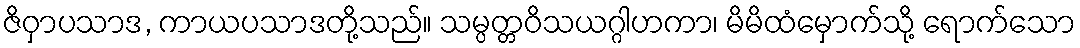
ဇိဝှာပသာဒ, ကာယပသာဒတို့သည်။ သမ္ပတ္တဝိသယဂ္ဂါဟကာ၊ မိမိထံမှောက်သို့ ရောက်သော